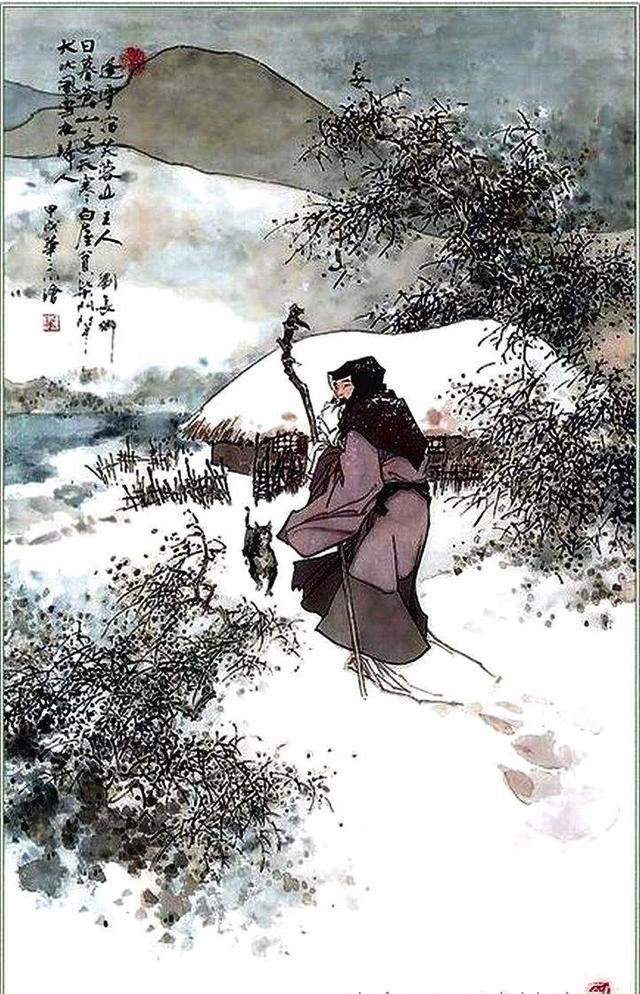
中州遗恨，不知今夜几人愁。